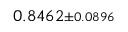
0 . 8 4 6 2 { \scriptstyle \pm 0 . 0 8 9 6 }